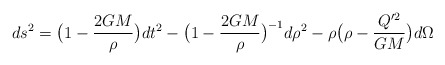
\begin{align*}ds^2 = \bigl(1 - \frac{2GM}{\rho}\bigr) dt^2 - \bigl(1 -\frac{2GM}{\rho}\bigr)^{-1} d\rho^2 - \rho \bigl(\rho - \frac{Q'^2}{GM}\bigr)d\Omega\end{align*}